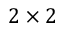
2 \times 2